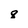
Character: 8